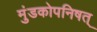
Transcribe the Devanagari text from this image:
मुंडकोपनिषत्